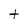
Character: t